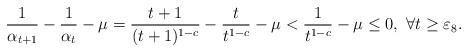
LaTeX: \begin{align*}\frac{1}{\alpha_{t+1}}-\frac{1}{\alpha_{t}}-\mu=\frac{t+1}{(t+1)^{1-c}}-\frac{t}{t^{1-c}}-\mu<\frac{1}{t^{1-c}}-\mu\le0,~\forall t\ge\varepsilon_{8}.\end{align*}